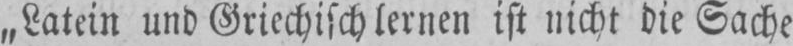
„Latein und Griechisch lernen ist nicht die Sache